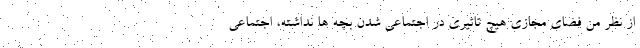
از نظر من فضای مجازی هیچ تاثیری در اجتماعی شدن بچه ها نداشته، اجتماعی